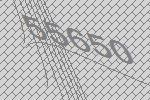
55650